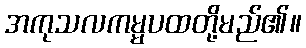
အကုသလကမ္မပထတို့မည်၏။